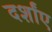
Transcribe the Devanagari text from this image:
दर्शांए